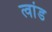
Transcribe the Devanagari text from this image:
त्वांड